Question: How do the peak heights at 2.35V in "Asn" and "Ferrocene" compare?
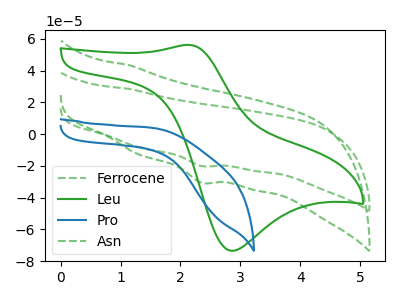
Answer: <think>The green dashed curve "Ferrocene" has a cathodic peak at: (2.35V, -20.05uA). The green curve "Leu" has an anodic peak at (2.15V, 56.20uA) and a cathodic peak at (2.85V, -73.45uA). The blue curve "Pro" has no peaks. The green dashed curve "Asn" has a cathodic peak at: (2.35V, -30.55uA).</think>
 <answer>The peak at 2.35V is higher in "Asn" than in "Ferrocene".</answer>
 <eval>higher</eval>